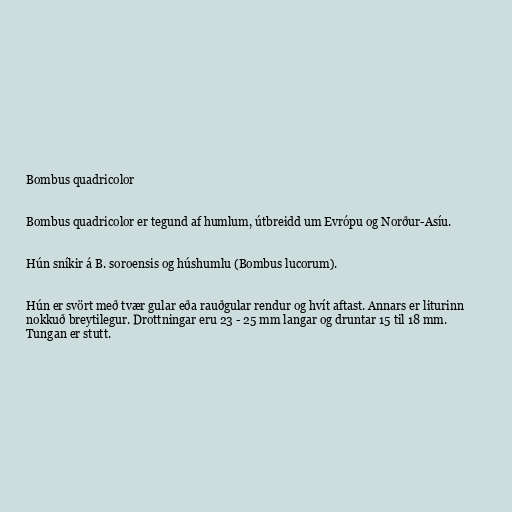
Bombus quadricolor

Bombus quadricolor er tegund af humlum, útbreidd um Evrópu og Norður-Asíu.

Hún sníkir á B. soroensis og húshumlu (Bombus lucorum).

Hún er svört með tvær gular eða rauðgular rendur og hvít aftast. Annars er liturinn
nokkuð breytilegur. Drottningar eru 23 - 25 mm langar og druntar 15 til 18 mm.
Tungan er stutt.